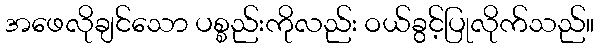
အဖေလိုချင်သော ပစ္စည်းကိုလည်း ဝယ်ခွင့်ပြုလိုက်သည်။